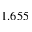
1 . 6 5 5